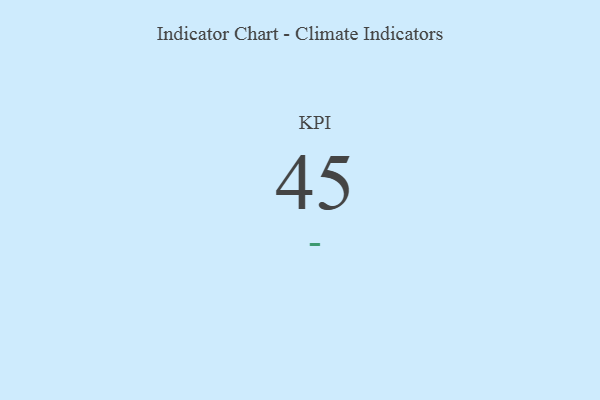
{"axis": {"x": "KPI", "y": "Value"}, "legend": [""], "data": [{"x": "KPI", "y": 45, "type": ""}]}